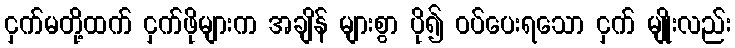
ငှက်မတို့ထက် ငှက်ဖိုများက အချိန် များစွာ ပို၍ ဝပ်ပေးရသော ငှက် မျိုးလည်း